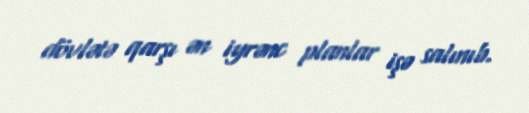
dövlətə qarşı ən iyrənc planlar işə salınıb.